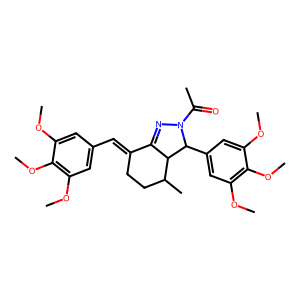
SMILES: COc1cc(C=C2CCC(C)C3C2=NN(C(C)=O)C3c2cc(OC)c(OC)c(OC)c2)cc(OC)c1OC
Inhibits HIV replication: No